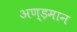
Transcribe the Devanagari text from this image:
अण्ड़मान